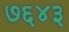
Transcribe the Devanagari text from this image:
७६४३